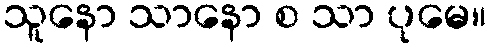
သူနော သာနော စ သာ ပုမေ။